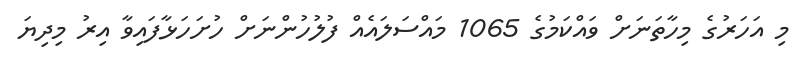
މި އަހަރުގެ މިހާތަނަށް ވައްކަމުގެ 1065 މައްސަލައެއް ފުލުހުންނަށް ހުށަހަޅާފައިވާ އިރު މިދިޔަ